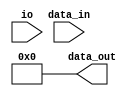
module cloz(
    data_in, io, 
    data_out);
    input  [31:0]  data_in;
    input          io;
    output [31:0]  data_out;
    wire    [31:0]  result = 32'b0;
    wire    [31:0]  value;
    wire    [15:0]  val16;
    wire    [7:0]   val8;
    wire    [3:0]   val4;
    assign  value = io ? ~data_in : data_in;
    assign  result[4] = (value[31:16] == 16'b0);
    assign  val16     = result[4] ? value[15:0] : value[31:16];
    assign  result[3] = (val16[15:8] == 8'b0);
    assign  val8      = result[3] ? val16[7:0] : val16[15:8];
    assign  result[2] = (val8[7:4] == 4'b0);
    assign  val4      = result[2] ? val8[3:0] : val8[7:4];
    assign  result[1] = (val4[3:2] == 2'b0);
    assign  result[0] = result[1] ? ~val4[1] : ~val4[3];
    assign  data_out = result;
endmodule